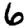
Digit: 6